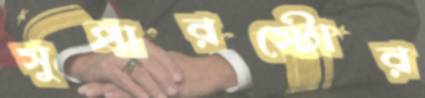
সুপারস্টোর